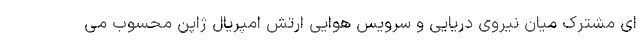
ای مشترک میان نیروی دریایی و سرویس هوایی ارتش امپریال ژاپن محسوب می